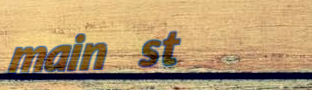
main st